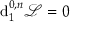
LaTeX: { \mathrm { d } } _ { 1 } ^ { 0 , n } { \mathcal { L } } = 0